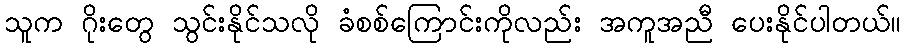
သူက ဂိုးတွေ သွင်းနိုင်သလို ခံစစ်ကြောင်းကိုလည်း အကူအညီ ပေးနိုင်ပါတယ်။